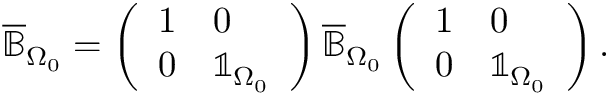
\begin{array} { r } { \overline { { \mathbb { B } } } _ { \Omega _ { 0 } } = \left( \begin{array} { l l } { 1 } & { 0 } \\ { 0 } & { \mathbb { 1 } _ { \Omega _ { 0 } } } \end{array} \right) \overline { { \mathbb { B } } } _ { \Omega _ { 0 } } \left( \begin{array} { l l } { 1 } & { 0 } \\ { 0 } & { \mathbb { 1 } _ { \Omega _ { 0 } } } \end{array} \right) . } \end{array}